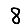
Digit: 8